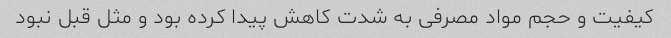
کیفیت و حجم مواد مصرفی به شدت کاهش پیدا کرده بود و مثل قبل نبود